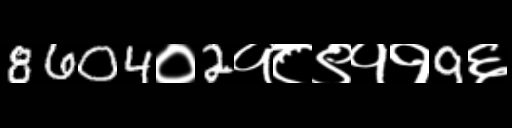
Text: 8604०2१८९११9६